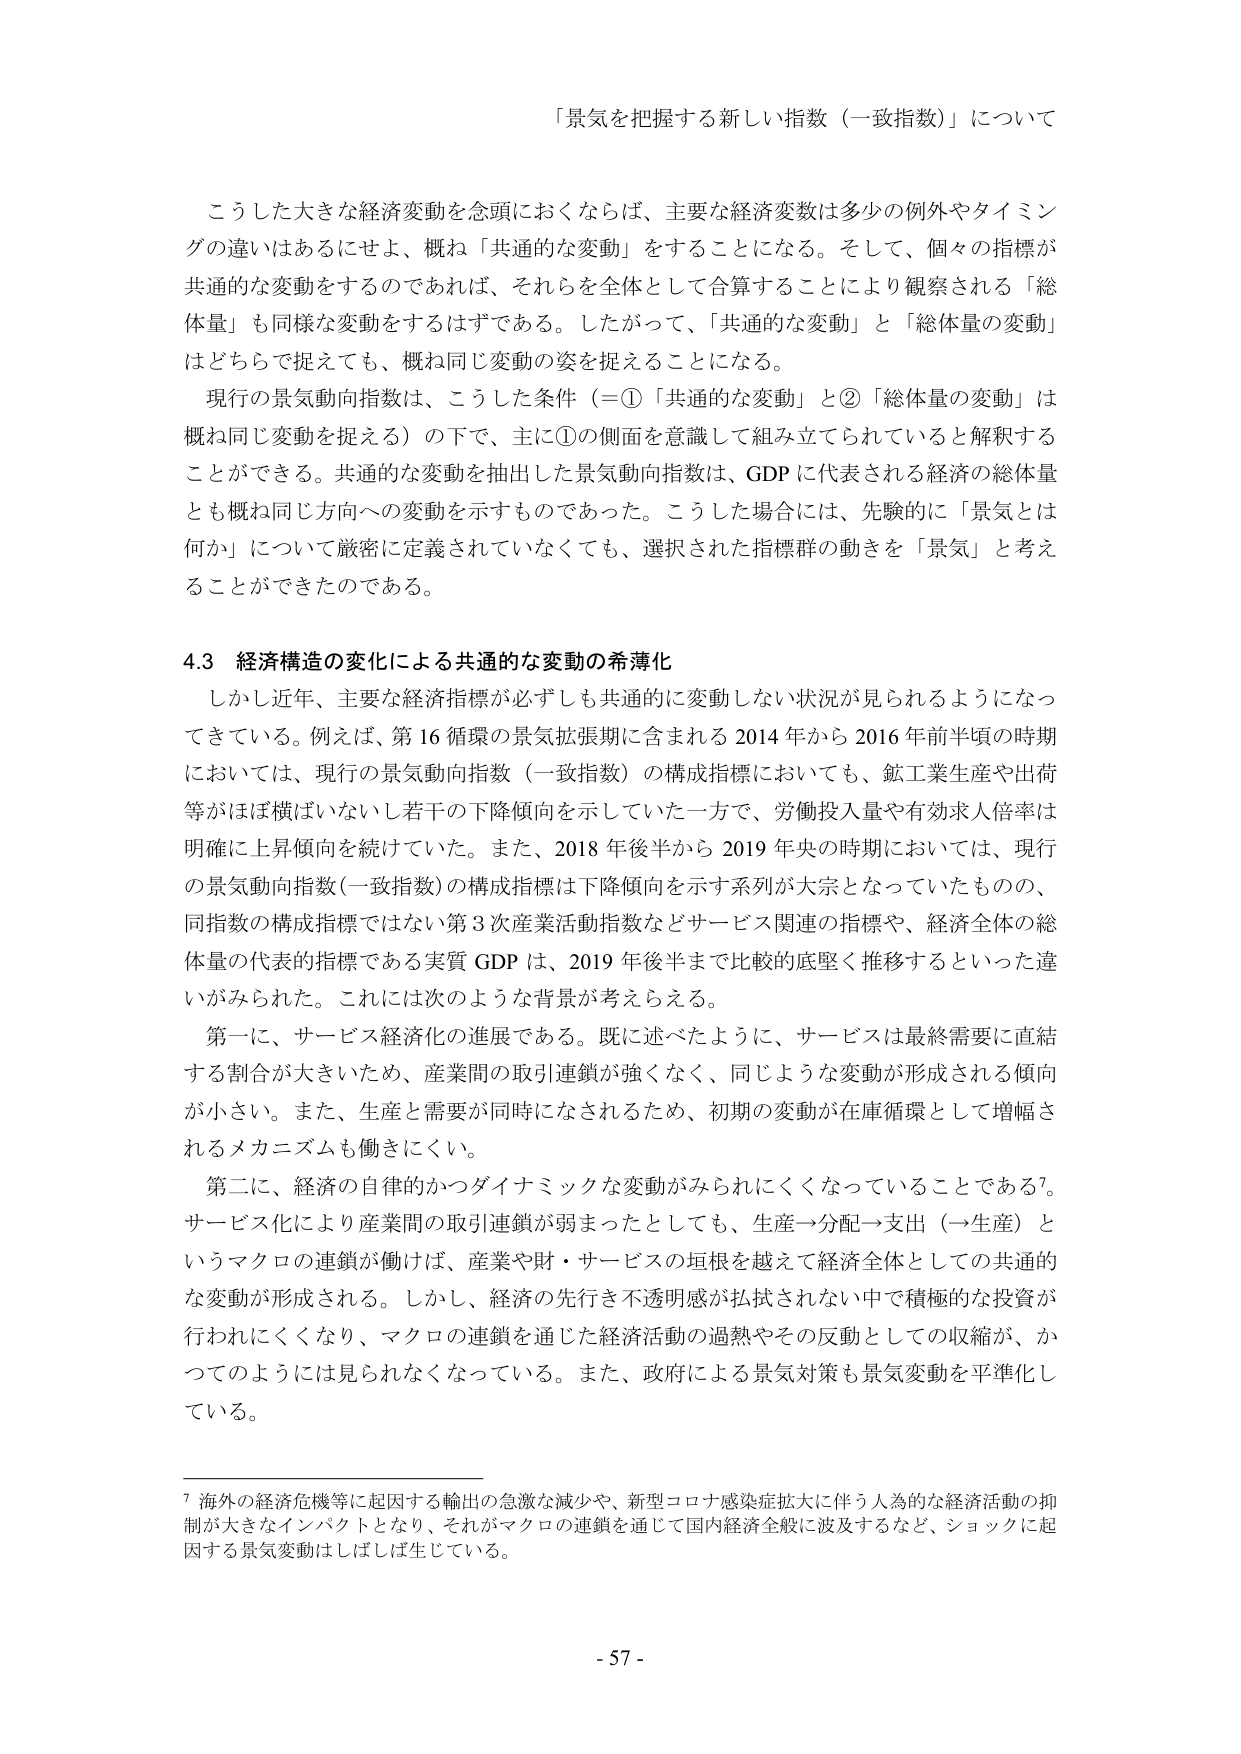
「景気を把握する新しい指数（一致指数）」について

こうした大きな経済変動を念頭におくならば、主要な経済変数は多少の例外やタイミングの違いはあるにせよ、概ね「共通的な変動」をすることになる。そして、個々の指標が共通的な変動をするのであれば、それらを全体として合算することにより観察される「総体量」も同様な変動をするはずである。したがって、「共通的な変動」と「総体量の変動」はどちらで捉えても、概ね同じ変動の姿を捉えることになる。

現行の景気動向指数は、こうした条件（＝①「共通的な変動」と②「総体量の変動」は概ね同じ変動を捉える）の下で、主に①の側面を意識して組み立てられていると解釈することができる。共通的な変動を抽出した景気動向指数は、GDPに代表される経済の総体量とも概ね同じ方向への変動を示すものであった。こうした場合には、先験的に「景気とは何か」について厳密に定義されていなくても、選択された指標群の動きを「景気」と考えることができたのである。

4.3 経済構造の変化による共通的な変動の希薄化

しかし近年、主要な経済指標が必ずしも共通的に変動しない状況が見られるようになってきている。例えば、第16循環の景気拡張期に含まれる2014年から2016年前半頃の時期においては、現行の景気動向指数（一致指数）の構成指標においても、鉱工業生産や出荷等がほぼ横ばいないし若干の下降傾向を示していた一方で、労働投入量や有効求人倍率は明確に上昇傾向を続けていた。また、2018年後半から2019年央の時期においては、現行の景気動向指数（一致指数）の構成指標は下降傾向を示す系列が大宗となっていたものの、同指数の構成指標ではない第3次産業活動指数などサービス関連の指標や、経済全体の総体量の代表的指標である実質GDPは、2019年後半まで比較的底堅く推移するといった違いがみられた。これには次のような背景が考えられる。

第一に、サービス経済化の進展である。既に述べたように、サービスは最終需要に直結する割合が大きいため、産業間の取引連鎖が強くなく、同じような変動が形成される傾向が小さい。また、生産と需要が同時になされるため、初期の変動が在庫循環として増幅されるメカニズムも働きにくい。

第二に、経済の自律的かつダイナミックな変動がみられにくくなっていることである7。サービス化により産業間の取引連鎖が弱まったとしても、生産→分配→支出（→生産）というマクロの連鎖が働けば、産業や財・サービスの垣根を越えて経済全体としての共通的な変動が形成される。しかし、経済の先行き不透明感が払拭されない中で積極的な投資が行われにくくなり、マクロの連鎖を通じた経済活動の過熱やその反動としての収縮が、かつてのようには見られなくなっている。また、政府による景気対策も景気変動を平準化している。

7 海外の経済危機等に起因する輸出の急激な減少や、新型コロナ感染症拡大に伴う人為的な経済活動の抑制が大きなインパクトとなり、それがマクロの連鎖を通じて国内経済全般に波及するなど、ショックに起因する景気変動はしばしば生じている。

- 57 -